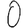
Digit: 0